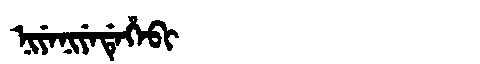
Manchu: ᠨᡳᠶᡝᠨᡳᠶᡝᡩᡝᡥᡝᠪᡳ
Romanization: NIYENIYEDEHEBI